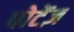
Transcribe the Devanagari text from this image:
पोटेंज़